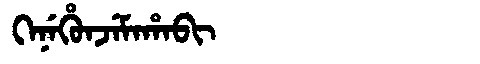
Manchu: ᡴᡝᠨᡝᡥᡠᠨᠵᡝᠮᠠᡥᠠᠪᡳ
Romanization: KENEHUNJEMAHABI